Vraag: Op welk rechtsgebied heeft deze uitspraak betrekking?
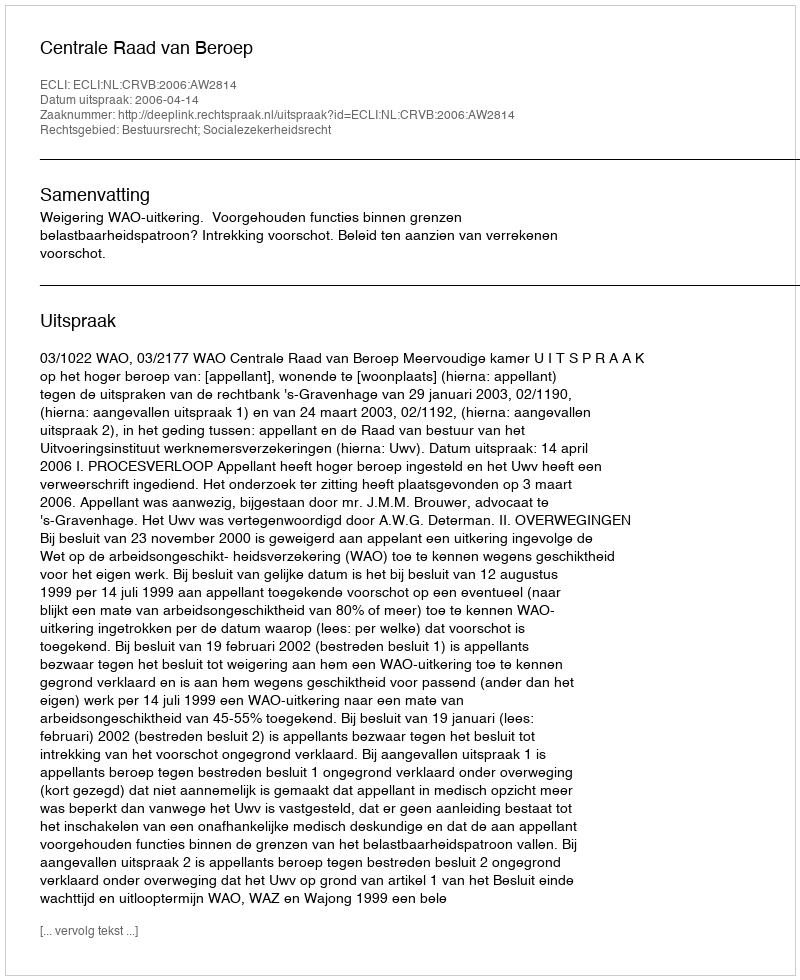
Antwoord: Bestuursrecht; Socialezekerheidsrecht